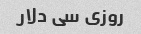
روزی سی دلار